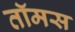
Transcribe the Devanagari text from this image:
तॉमस